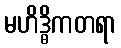
မဟိဒ္ဓိကတရာ